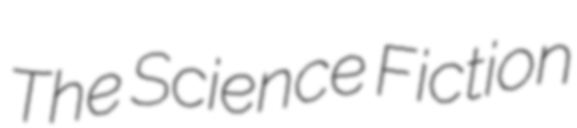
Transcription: The Science Fiction